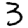
Digit: 3